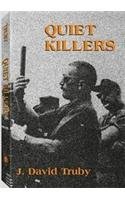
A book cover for Quiet Killers I & II; J. David Truby; Crafts, Hobbies & Home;